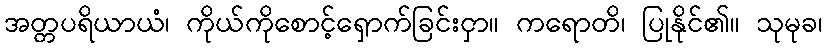
အတ္တပရိယာယံ၊ ကိုယ်ကိုစောင့်ရှောက်ခြင်းငှာ။ ကရောတိ၊ ပြုနိုင်၏။ သုမုခ၊